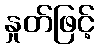
နှုတ်ဖြင့်